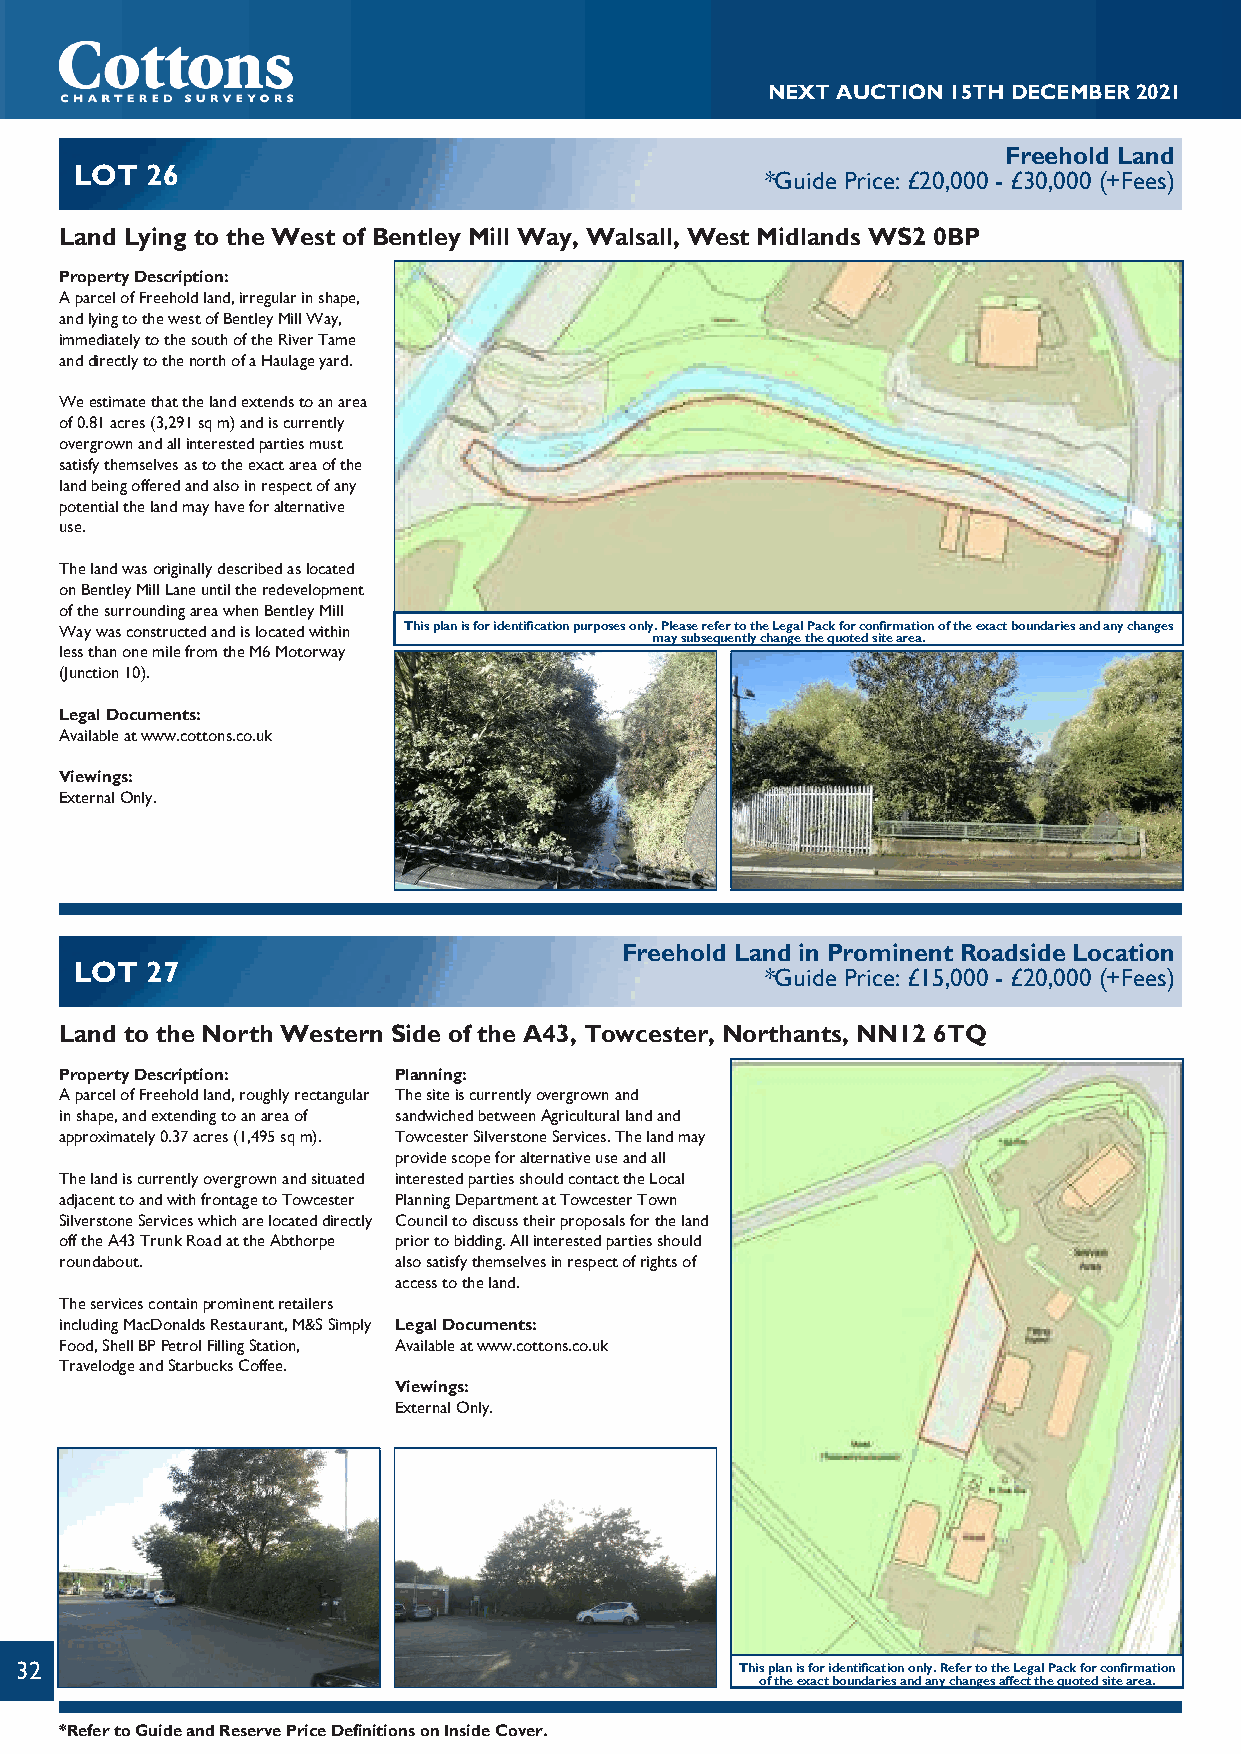
NEXTAUCTION15THDECEMBER2021
 Freehold Land
 LOT  26
 *Guide Price: £20,000 - £30,000 (+Fees)
 Land Lying to the West of Bentley Mill Way, Walsall, West Midlands WS2 0BP
 PropertyDescription:
 AparcelofFreeholdland,irregularinshape,
 andlyingtothewestofBentleyMillWay,
 immediatelytothesouthoftheRiverTame
 anddirectlytothenorthofaHaulageyard.
 Weestimatethatthelandextendstoanarea
 of0.81acres(3,291sqm)andiscurrently
 overgrownandallinterestedpartiesmust
 satisfythemselvesastotheexactareaofthe
 landbeingofferedandalsoinrespectofany
 potentialthelandmayhaveforalternative
 use.
 Thelandwasoriginallydescribedaslocated
 onBentleyMillLaneuntiltheredevelopment
 ofthesurroundingareawhenBentleyMill
 Waywasconstructedandislocatedwithin Thisplanisforidentificationpurposesonly.PleaserefertotheLegalPackforconfirmationoftheexactboundariesandanychanges
 maysubsequentlychangethequotedsitearea.
 lessthanonemilefromtheM6Motorway
 (Junction10).
 LegalDocuments:
 Availableatwww.cottons.co.uk
 Viewings:
 ExternalOnly.
 Freehold Land in Prominent Roadside Location
 LOT  27
 *Guide Price: £15,000 - £20,000 (+Fees)
 Land to the North Western Side of the A43, Towcester, Northants, NN12 6TQ
 PropertyDescription:  Planning:
 AparcelofFreeholdland,roughlyrectangular Thesiteiscurrentlyovergrownand
 inshape,andextendingtoanareaof sandwichedbetweenAgriculturallandand
 approximately0.37acres(1,495sqm). TowcesterSilverstoneServices.Thelandmay
 providescopeforalternativeuseandall
 Thelandiscurrentlyovergrownandsituated interestedpartiesshouldcontacttheLocal
 adjacenttoandwithfrontagetoTowcester PlanningDepartmentatTowcesterTown
 SilverstoneServiceswhicharelocateddirectly Counciltodiscusstheirproposalsfortheland
 offtheA43TrunkRoadattheAbthorpe priortobidding.Allinterestedpartiesshould
 roundabout.           alsosatisfythemselvesinrespectofrightsof
 accesstotheland.
 Theservicescontainprominentretailers
 includingMacDonaldsRestaurant,M&SSimply LegalDocuments:
 Food,ShellBPPetrolFillingStation, Availableatwww.cottons.co.uk
 TravelodgeandStarbucksCoffee.
 Viewings:
 ExternalOnly.
 32                                              Thisplanisforidentificationonly.RefertotheLegalPackforconfirmation
 oftheexactboundariesandanychangesaffectthequotedsitearea.
 *RefertoGuideandReservePriceDefinitionsonInsideCover.